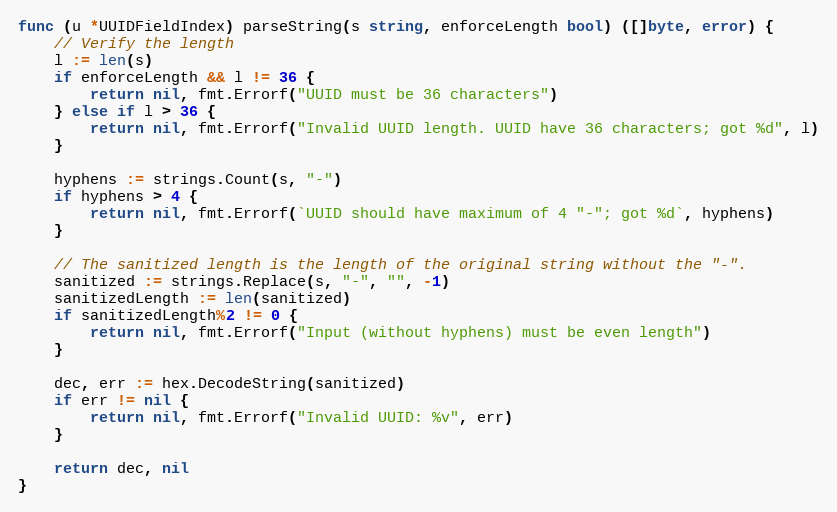
Language: Go
func (u *UUIDFieldIndex) parseString(s string, enforceLength bool) ([]byte, error) {
	// Verify the length
	l := len(s)
	if enforceLength && l != 36 {
		return nil, fmt.Errorf("UUID must be 36 characters")
	} else if l > 36 {
		return nil, fmt.Errorf("Invalid UUID length. UUID have 36 characters; got %d", l)
	}

	hyphens := strings.Count(s, "-")
	if hyphens > 4 {
		return nil, fmt.Errorf(`UUID should have maximum of 4 "-"; got %d`, hyphens)
	}

	// The sanitized length is the length of the original string without the "-".
	sanitized := strings.Replace(s, "-", "", -1)
	sanitizedLength := len(sanitized)
	if sanitizedLength%2 != 0 {
		return nil, fmt.Errorf("Input (without hyphens) must be even length")
	}

	dec, err := hex.DecodeString(sanitized)
	if err != nil {
		return nil, fmt.Errorf("Invalid UUID: %v", err)
	}

	return dec, nil
}